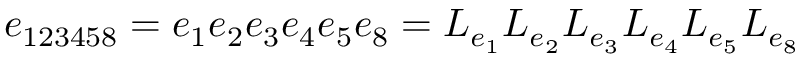
e _ { 1 2 3 4 5 8 } = e _ { 1 } e _ { 2 } e _ { 3 } e _ { 4 } e _ { 5 } e _ { 8 } = L _ { e _ { 1 } } L _ { e _ { 2 } } L _ { e _ { 3 } } L _ { e _ { 4 } } L _ { e _ { 5 } } L _ { e _ { 8 } }